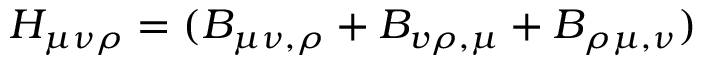
H _ { \mu \nu \rho } = ( B _ { \mu \nu , \rho } + B _ { v \rho , \mu } + B _ { \rho \mu , \nu } )